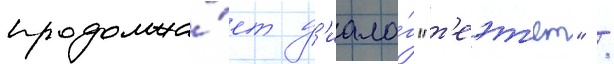
продолжа́ет д'иало́г "т'еэт'ет" /